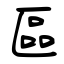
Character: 區